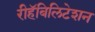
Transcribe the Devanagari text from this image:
रीहॅबिलिटेशन